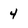
Character: 4